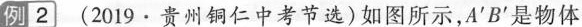
例2 (2019·贵州铜仁中考节选)如图所示，A'B'是物体